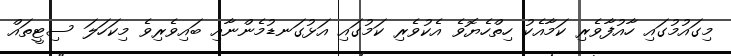
މިގައުމުގައި ހާއުފާވެރި ކަމާއެކު ހިތްހެޔޮވެ އެކުވެރި ކަމުގައި އަޅުގަނޑުމެންނާއި ބައިވެރިވެ މިކަހަލަ ސިޓީތައް